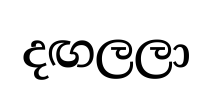
දඟලලා